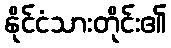
နိုင်ငံသားတိုင်း၏